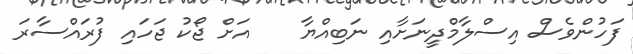
ފަހުންވެސް އިސްލާމްދީނަށާއި ނަބިއްޔާ    އަށް ޖޯކު ޖަހައި ފުރައްސާރަ